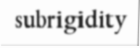
subrigidity